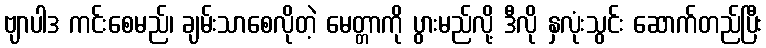
ဗျာပါဒ ကင်းစေမည်၊ ချမ်းသာစေလိုတဲ့ မေတ္တာကို ပွားမည်လို့ ဒီလို နှလုံးသွင်း ဆောက်တည်ပြီး